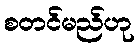
စတင်မည်ဟု